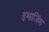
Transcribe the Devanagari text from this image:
इमाजिंग